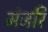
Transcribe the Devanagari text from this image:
मंजरि